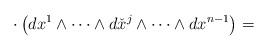
LaTeX: \begin{align*}\cdot \left(dx^1\wedge\dots\wedge d\check{x}^j\wedge\dots\wedge dx^{n-1}\right)=\end{align*}